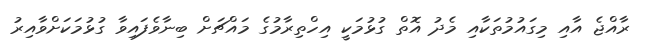
ރާއްޖެ އާއި މިގައުމުތަކާއި މެދު އޮތް ގުޅުމަކީ އިހްތިރާމުގެ މައްޗަށް ބިނާވެފައިވާ ގުޅުމަކަށްވާއިރު